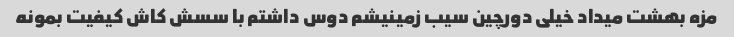
مزه بهشت میداد خیلی دورچین سیب زمینیشم دوس داشتم با سسش کاش کیفیت بمونه